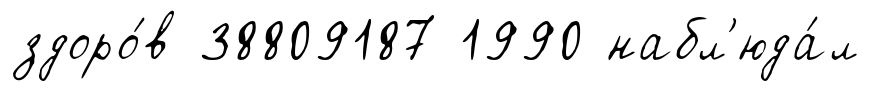
здоро́в 38809187 1990 набл'юда́л